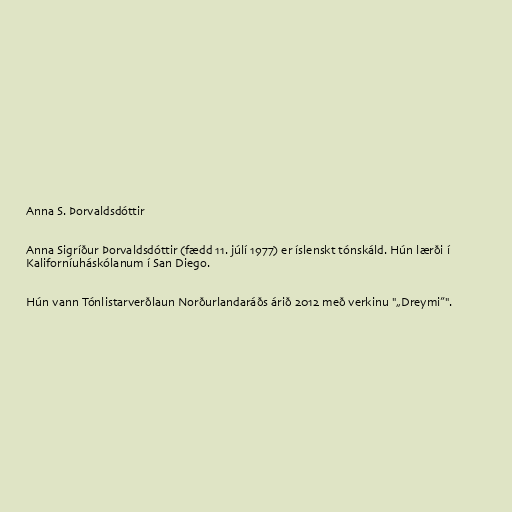
Anna S. Þorvaldsdóttir

Anna Sigríður Þorvaldsdóttir (fædd 11. júlí 1977) er íslenskt tónskáld. Hún lærði í
Kaliforníuháskólanum í San Diego.

Hún vann Tónlistarverðlaun Norðurlandaráðs árið 2012 með verkinu "„Dreymi”".